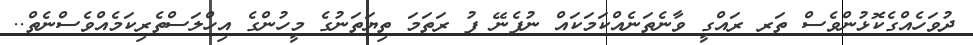
ދުވަހެއްގެކޮޅުންވެސް ތަރ ރައްގީ ވާނެތަނެއްކަމަކައް ނުފެނޭ ފު ރަތަމަ ތިޔަތަނުގެ މީހުންގެ އިހްލަސްތެރިކަމެއްވެސްނެތް..